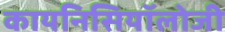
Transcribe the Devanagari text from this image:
कायनिसियॉलोजी